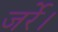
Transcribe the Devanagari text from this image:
जर्रे।